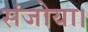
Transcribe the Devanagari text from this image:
संजोया।